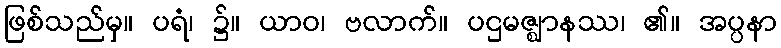
ဖြစ်သည်မှ။ ပရံ၊ ၌။ ယာဝ၊ ဗလာက်။ ပဌမဇ္ဈာနဿ၊ ၏။ အပ္ပနာ